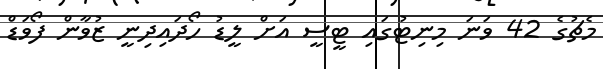
މެޗުގެ 42 ވަނަ މިނިޓުގައި ޓީސީ އަށް ލީޑު ހޯދައިދިނީ ޒުވާން ފޯވަޑް